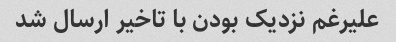
علیرغم نزدیک بودن با تاخیر ارسال شد